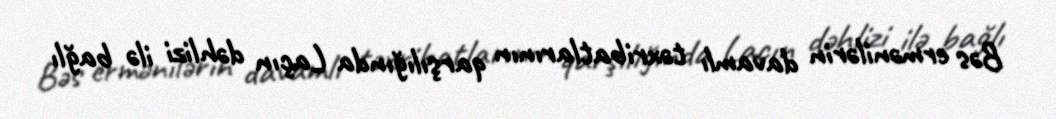
Bəs ermənilərin davamlı təxribatlarının qarşılığında Laçın dəhlizi ilə bağlı